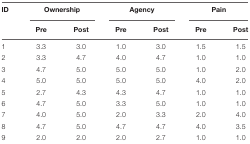
| ID | <COLSPAN=2> Ownership | <COLSPAN=2> Agency | <COLSPAN=2> Pain |
 |  | Pre | Post | Pre | Post | Pre | Post |
 | --- | --- | --- | --- | --- | --- | --- |
 | 1 | 3.3 | 3.0 | 1.0 | 3.0 | 1.5 | 1.5 |
 | 2 | 3.3 | 4.7 | 4.0 | 4.7 | 1.0 | 1.0 |
 | 3 | 4.7 | 5.0 | 5.0 | 5.0 | 1.0 | 2.0 |
 | 4 | 5.0 | 5.0 | 5.0 | 5.0 | 4.0 | 2.0 |
 | 5 | 2.7 | 4.3 | 4.3 | 4.7 | 1.0 | 1.0 |
 | 6 | 4.7 | 5.0 | 3.3 | 5.0 | 1.0 | 1.0 |
 | 7 | 4.0 | 5.0 | 2.0 | 3.3 | 2.0 | 4.0 |
 | 8 | 4.7 | 5.0 | 4.7 | 4.7 | 4.0 | 3.5 |
 | 9 | 2.0 | 2.0 | 2.0 | 2.7 | 1.0 | 1.0 |